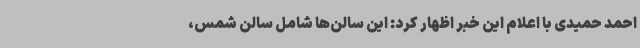
احمد حمیدی با اعلام این خبر اظهار کرد: این سالن‌ها شامل سالن شمس،